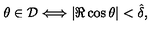
\theta \in { \cal D } \Longleftrightarrow | \Re \cos \theta | < \hat { \delta } ,